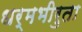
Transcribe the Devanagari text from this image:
धर्मभीरुता